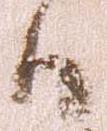
日